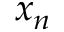
x _ { n }